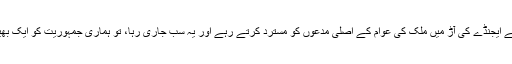
اگر ہم بی جے پی اور سنگھ کے اپنے ایجنڈے کی آڑ میں ملک کی عوام کے اصلی مدعوں کو مسترد کرتے رہے اور یہ سب جاری رہا، تو ہماری جمہوریت کو ایک بھیڑ تنتر میں بدلتے دیر نہیں لگے‌گی۔